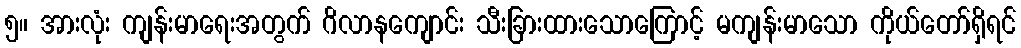
၅။ အားလုံး ကျန်းမာရေးအတွက် ဂိလာနကျောင်း သီးခြားထားသောကြောင့် မကျန်းမာသော ကိုယ်တော်ရှိရင်